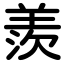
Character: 羨